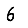
Digit: 6